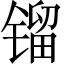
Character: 镏